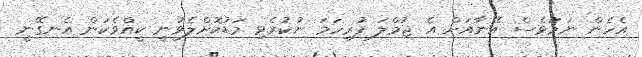
އެހެން ނަމަވެސް އޭނާއަށް އެ ޖުމްލަ ފުރިހަމަ ނުކުރެވި މަޑުކޮށްލެވުނީ ކީއްވެކަން އެނގޭނީ